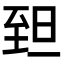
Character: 𦤾